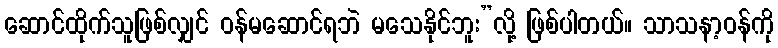
ဆောင်ထိုက်သူဖြစ်လျှင် ဝန်မဆောင်ရဘဲ မသေနိုင်ဘူး”လို့ ဖြစ်ပါတယ်။ သာသနာ့ဝန်ကို